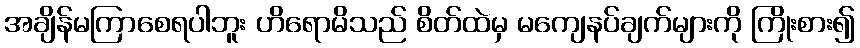
အချိန်မကြာစေရပါဘူး ဟိရောမိသည် စိတ်ထဲမှ မကျေနပ်ချက်များကို ကြိုးစား၍